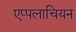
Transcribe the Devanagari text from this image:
एप्पलाचियन